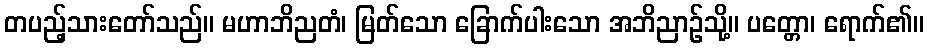
တပည့်သားတော်သည်။ မဟာဘိညတံ၊ မြတ်သော ခြောက်ပါးသော အဘိညာဉ်သို့။ ပတ္တော၊ ရောက်၏။